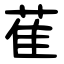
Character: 萑